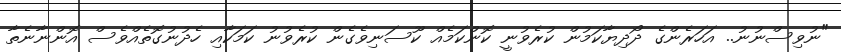
"ނުވިސްނުނު.. އަހަރެންގެ ދޯދިޔާކަމުން ކުރެވުނީ ކޮންކަމެއް ކޫސަނިވެގެން ކުރެވުނު ކަމަކާއި ހެދުނުގޮތެއްވެސް އޮންނާނެތާ